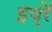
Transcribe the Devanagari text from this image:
इब्रै